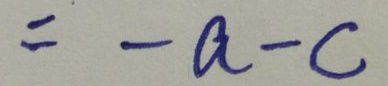
= - a - c